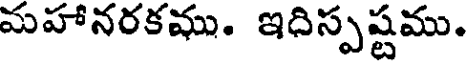
మహానరకము. ఇదిస్పష్టము.